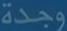
وجدة